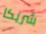
شريكا